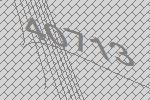
40713